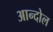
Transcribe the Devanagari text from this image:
आन्दोल